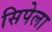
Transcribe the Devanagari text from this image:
सिपेला